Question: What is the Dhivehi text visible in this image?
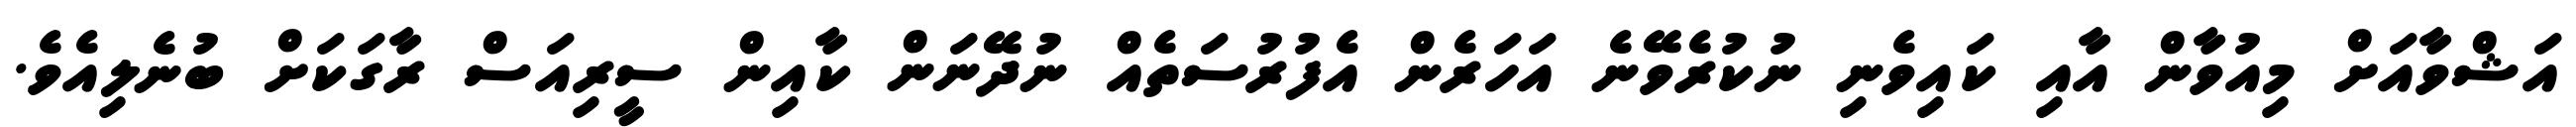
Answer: އަޝްވާއަށް މިއުވާން އާއި ކައިވެނި ނުކުރެވޭނެ އަހަރެން އެފުރުސަތެއް ނުދޭނަން ކާއިން ސީރިއަސް ރާގަކަށް ބުނެލިއެވެ.